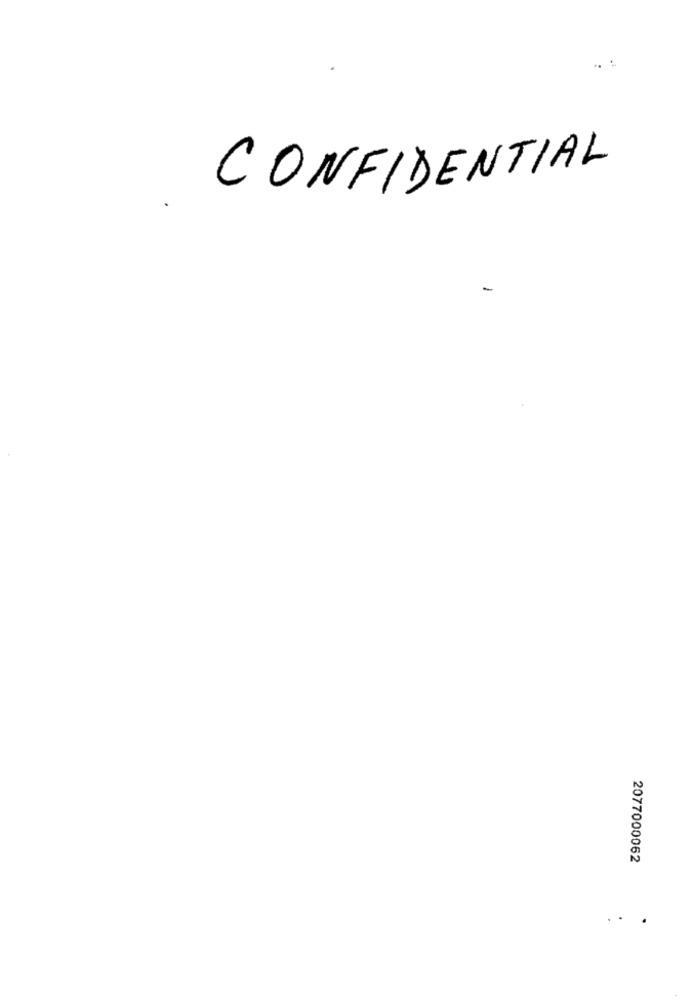
..:
CONFIDENTIAL
-
2077000062